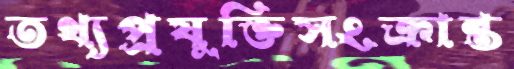
তথ্যপ্রযুক্তিসংক্রান্ত